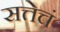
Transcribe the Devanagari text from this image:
सत्तेचं